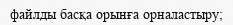
файлды басқа орынға орналастыру;